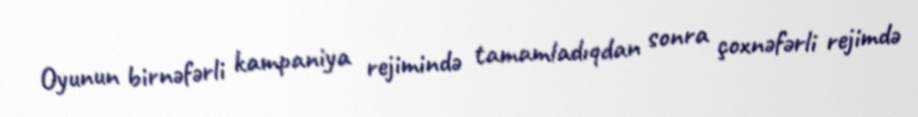
Oyunun birnəfərli kampaniya rejimində tamamladıqdan sonra çoxnəfərli rejimdə